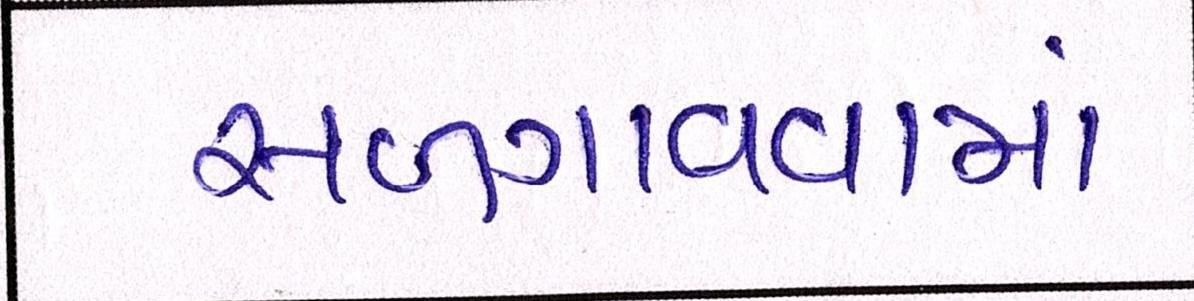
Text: સળગાવવામાં